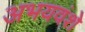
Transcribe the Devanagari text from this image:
अभयवंशे